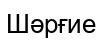
Шәрғие